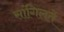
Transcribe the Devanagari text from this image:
सांगिलते